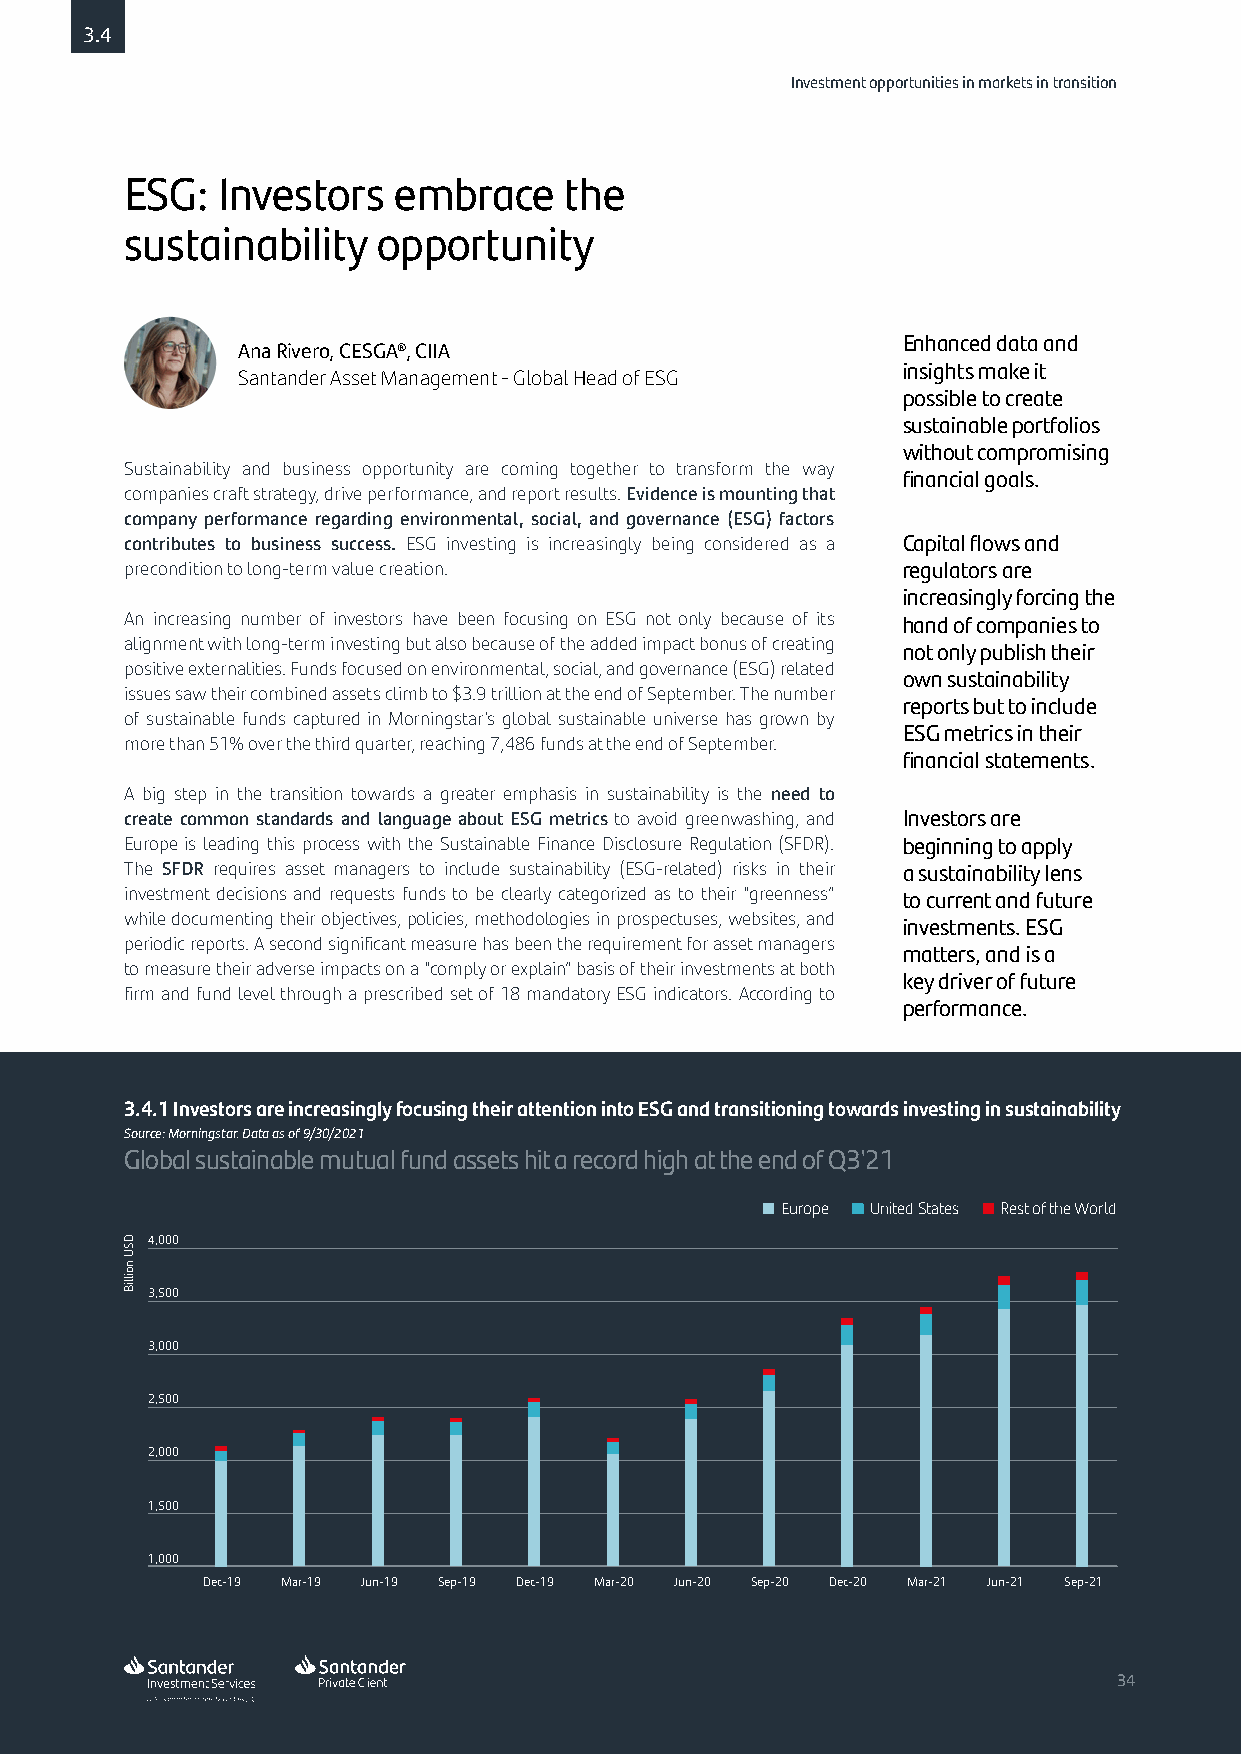
3.4
 Investment opportunities in markets in transition
 ESG:  Investors   embrace    the
 sustainability   opportunity
 Enhanced data and
 Ana Rivero, CESGA®, CIIA
 insights make it
 Santander Asset Management - Global Head of ESG
 possible to create
 sustainable portfolios
 without compromising
 Sustainability and business opportunity are coming together to transform the way
 financial goals.
 companies craft strategy, drive performance, and report results. Evidence is mounting that
 company performance regarding environmental, social, and governance (ESG) factors
 contributes to business success. ESG investing is increasingly being considered as a Capital flows and
 precondition to long-term value creation.           regulators are
 increasingly forcing the
 An increasing number of investors have been focusing on ESG not only because of its hand of companies to
 alignment with long-term investing but also because of the added impact bonus of creating not only publish their
 positive externalities. Funds focused on environmental, social, and governance (ESG) related
 own sustainability
 issues saw their combined assets climb to $3.9 trillion at the end of September. The number
 reports but to include
 of sustainable funds captured in Morningstar's global sustainable universe has grown by
 ESG metrics in their
 more than 51% over the third quarter, reaching 7,486 funds at the end of September.
 financial statements.
 A big step in the transition towards a greater emphasis in sustainability is the need to
 create common standards and language about ESG metrics to avoid greenwashing, and Investors are
 Europe is leading this process with the Sustainable Finance Disclosure Regulation (SFDR). beginning to apply
 The SFDR requires asset managers to include sustainability (ESG-related) risks in their a sustainability lens
 investment decisions and requests funds to be clearly categorized as to their “greenness” to current and future
 while documenting their objectives, policies, methodologies in prospectuses, websites, and
 investments. ESG
 periodic reports. A second significant measure has been the requirement for asset managers
 matters, and is a
 to measure their adverse impacts on a “comply or explain” basis of their investments at both
 key driver of future
 firm and fund level through a prescribed set of 18 mandatory ESG indicators. According to
 performance.
 3.4.1 Investors are increasingly focusing their attention into ESG and transitioning towards investing in sustainability
 Source: Morningstar. Data as of 9/30/2021
 Global sustainable mutual fund assets hit a record high at the end of Q3'21
 Europe United States Rest of the World
 4,000
 3,500
 3,000
 2,500
 2,000
 1,500
 1,000
 Dec-19 Mar-19 Jun-19 Sep-19 Dec-19 Mar-20 Jun-20 Sep-20 Dec-20 Mar-21 Jun-21 Sep-21
 3344
 DSU
 noilliB